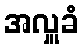
အလှူခံ